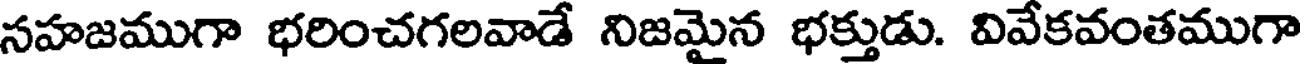
సహజముగా భరించగలవాడే నిజమైన భక్తుడు. వివేకవంతముగా